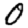
Digit: 0